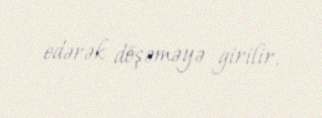
edərək döşəməyə girilir.